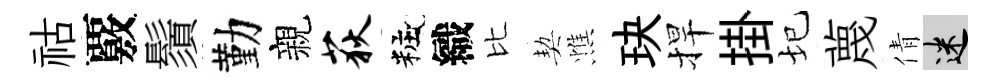
祜覈鬚勤親荻粧織比契憔玦捍掛圮蔑倩迷